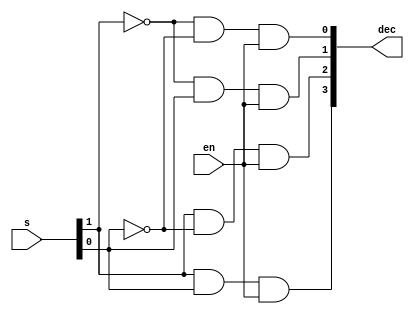
`timescale 1ns / 1ps
//////////////////////////////////////////////////////////////////////////////////
// Company: 
// Engineer: 
// 
// Design Name: 
// Module Name: dec_2x4
// Project Name: 
// Target Devices: 
// Tool Versions: 
// Description: 
// 
// Dependencies: 
// 
// Revision:
// Revision 0.01 - File Created
// Additional Comments:
// 
//////////////////////////////////////////////////////////////////////////////////


module dec_2x4(
                input [1:0] s,
                input en,
                output [3:0] dec
               );
               wire [1:0] s_neg;
               
               not(s_neg[0],s[0]); 
               not(s_neg[1],s[1]);
               and(dec[3],s[1],s[0],en);
               and(dec[2],s[1],s_neg[0],en);
               and(dec[1],s_neg[1],s[0],en);
               and(dec[0],s_neg[1],s_neg[0],en);

endmodule